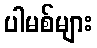
ပါမစ်များ